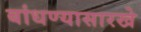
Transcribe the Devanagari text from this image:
बांधण्यासारखे